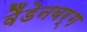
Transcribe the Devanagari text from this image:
वैंडेनबर्ग